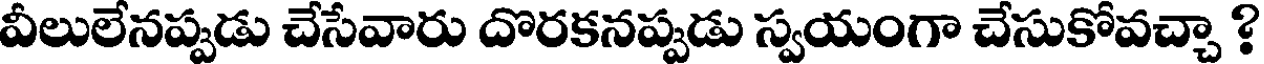
వీలులేనప్పడు చేసేవారు దొరకనప్పడు స్వయంగా చేసుకోవచ్చా ?